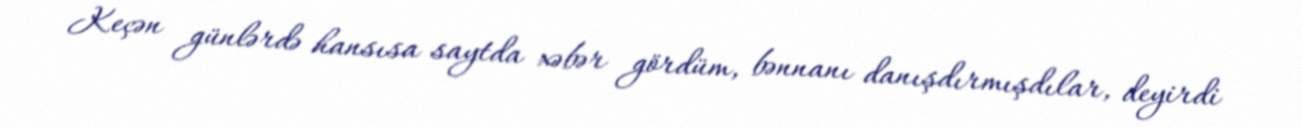
Keçən günlərdə hansısa saytda xəbər gördüm, bənnanı danışdırmışdılar, deyirdi